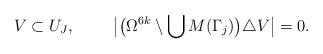
LaTeX: \begin{align*} V \subset U_J, \ \ \ \ \ \ \ \big| \big(\Omega^{6k} \setminus \bigcup\nolimits M(\Gamma_j)\big) \triangle V\big| = 0.\end{align*}